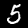
Digit: 5